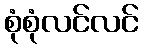
စုံစုံလင်လင်